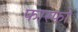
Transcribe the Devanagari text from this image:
फास्‍फो